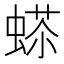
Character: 𧍠